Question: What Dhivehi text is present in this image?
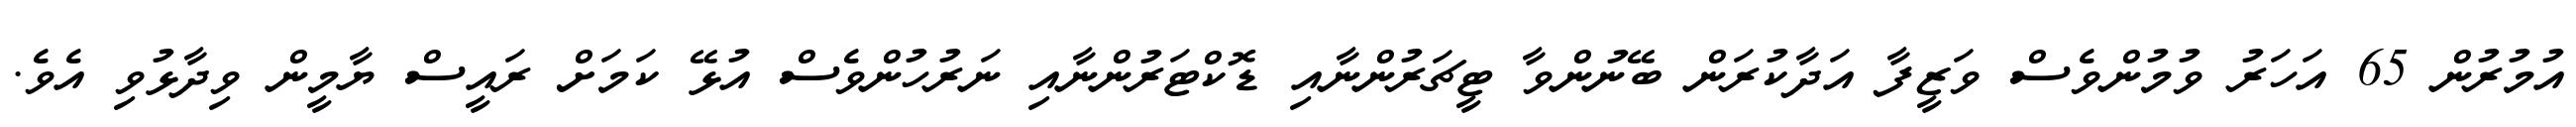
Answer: އުމުރުން 65 އަހަރު ވުމުންވެސް ވަޒީފާ އަދާކުރަން ބޭނުންވާ ޓީޗަރުންނާއި ޑޮކްޓަރުންނާއި ނަރުހުންވެސް އުޅޭ ކަމަށް ރައީސް ޔާމީން ވިދާޅުވި އެވެ.